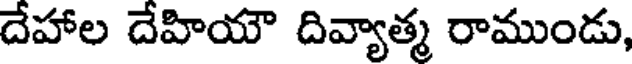
దేహాల దేహియౌ దివ్యాత్మ రాముండు,